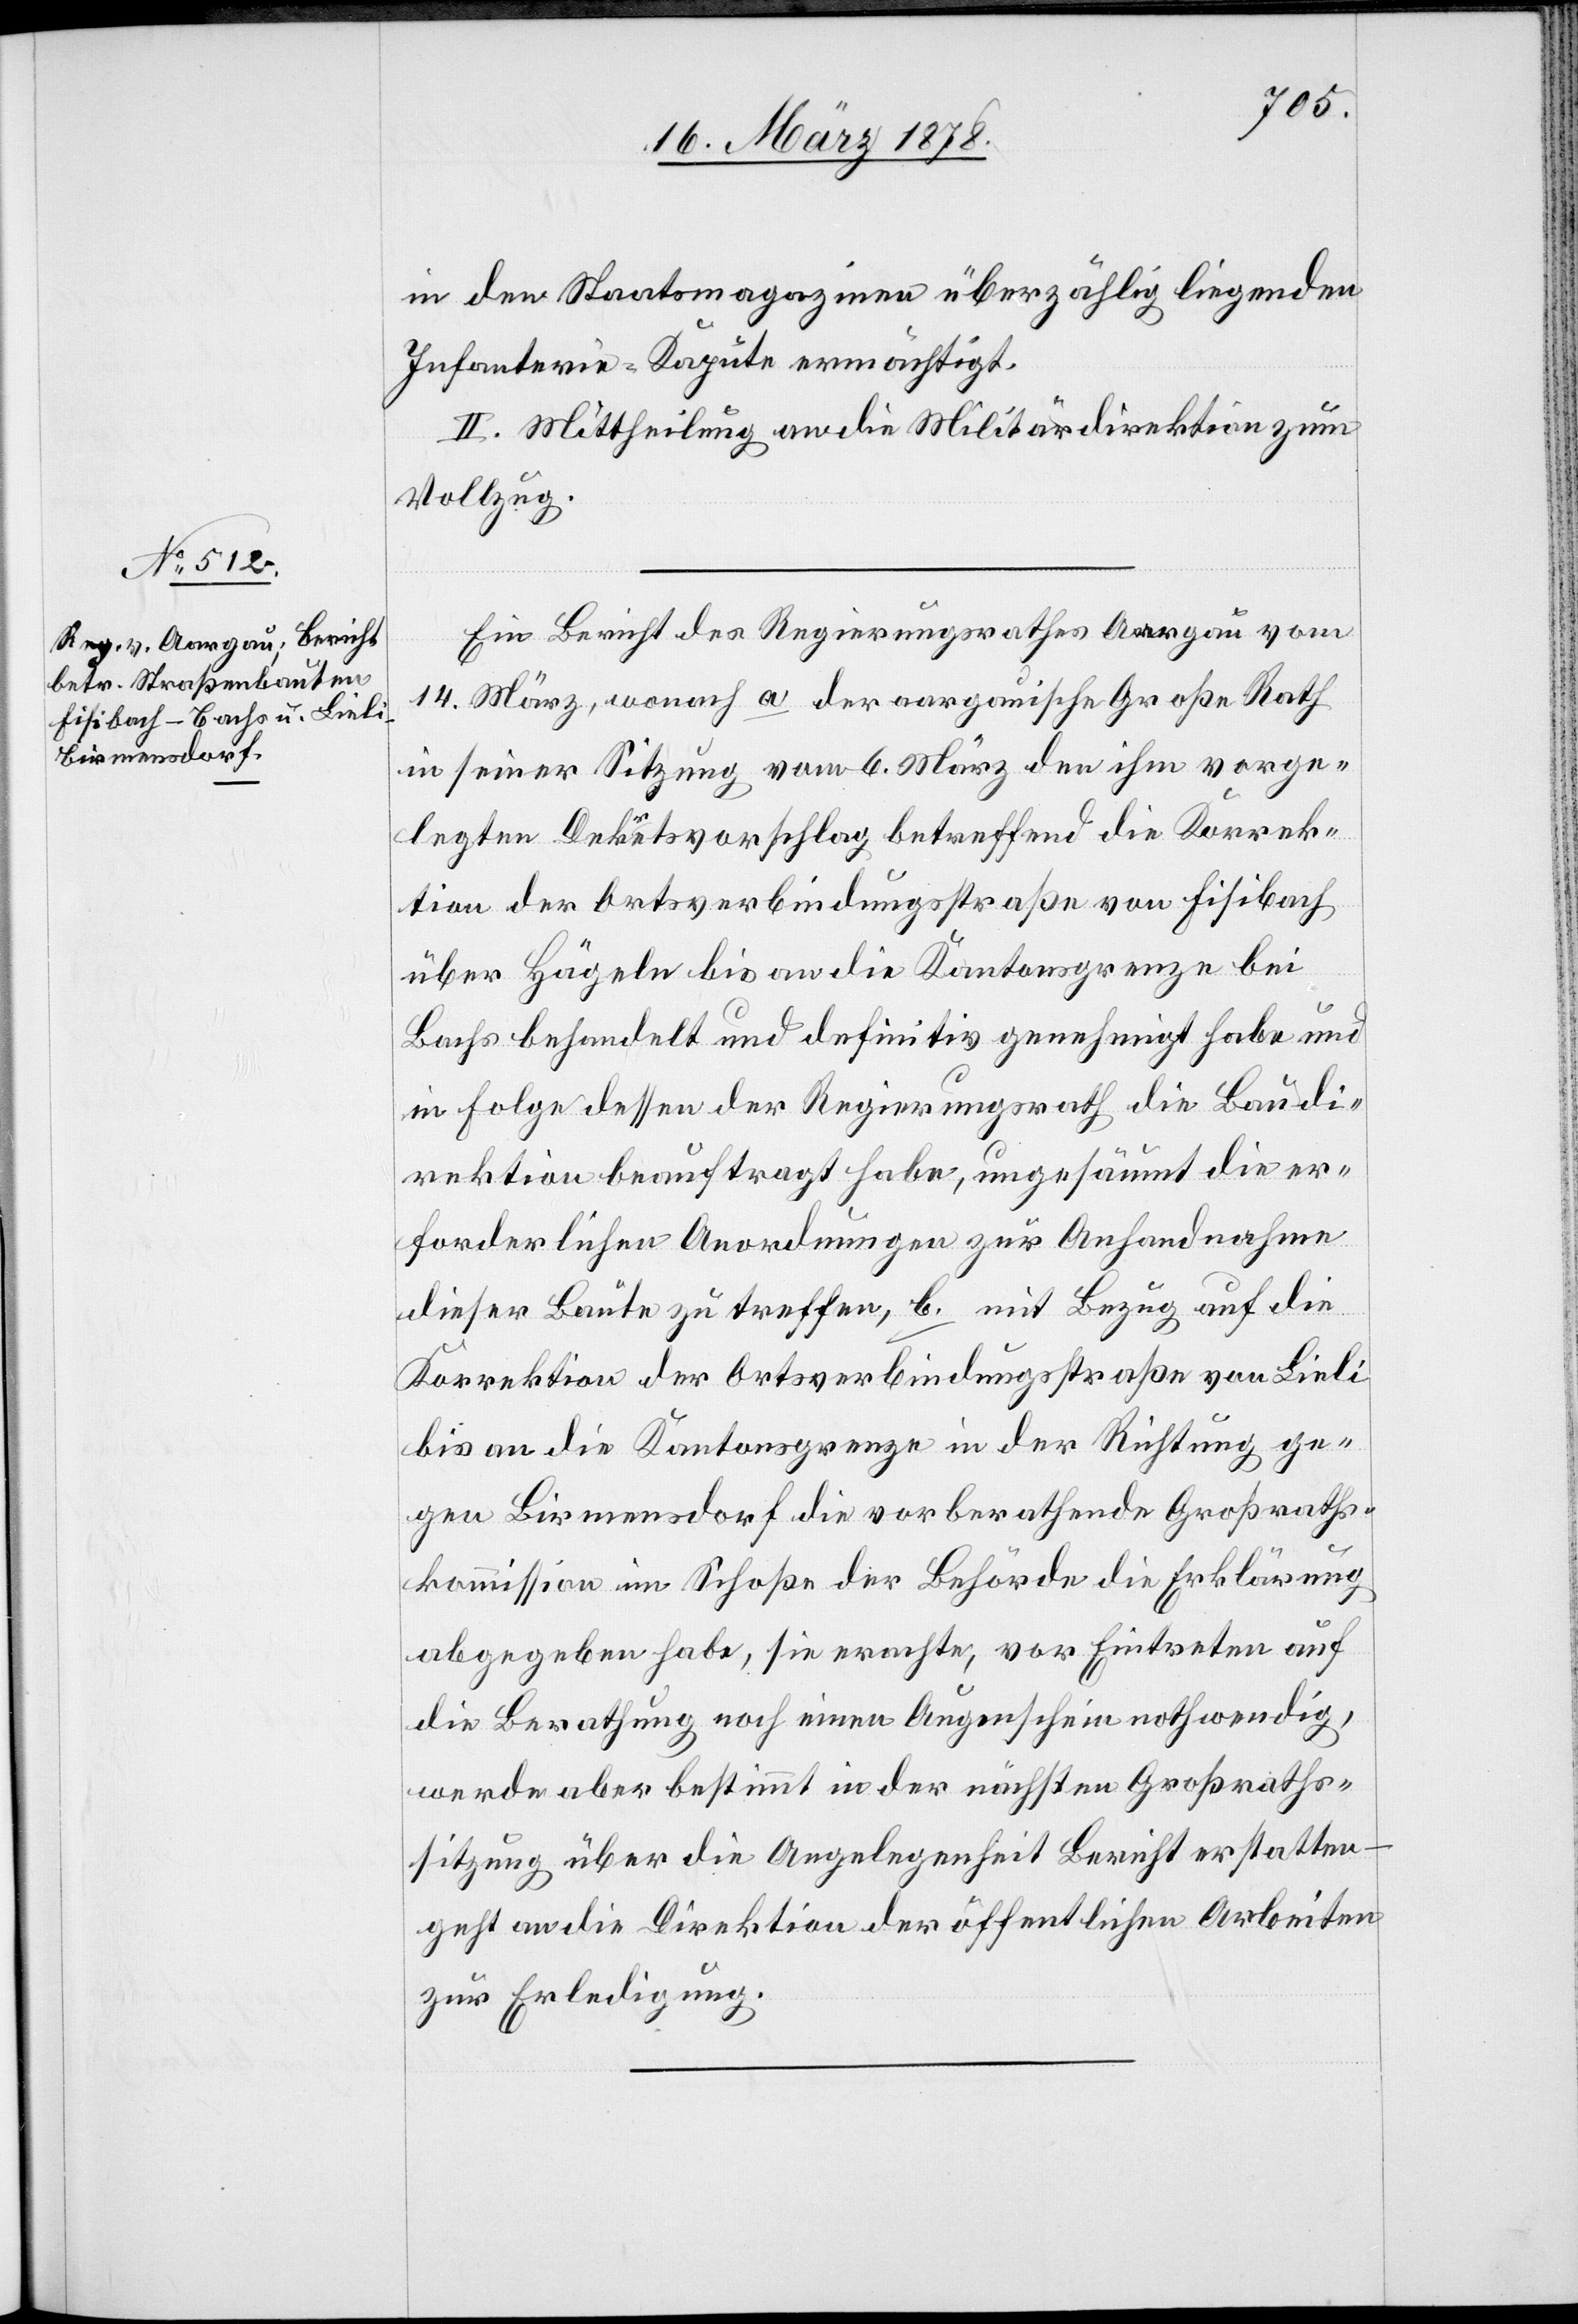
in den Staatsmagazinen überzählig liegenden
Infanterie-Kapute ermächtigt.
II. Mittheilung an die Militärdirektion zum
Vollzug.
Ein Bericht des Regierungsrathes Aargau vom
14. März, wonach a der aargauische Große Rath
in seiner Sitzung vom 6. März den ihm vorge¬
legten Dekretsvorschlag betreffend die Korrek¬
tion der Ortsverbindungsstraße von Fisibach
über Hägeln bis an die Kantonsgrenze bei
Bachs behandelt und definitiv genehmigt habe und
in Folge dessen der Regierungsrath die Baudi¬
rektion beauftragt habe, ungesäumt die er¬
forderlichen Anordnungen zur Anhandnahme
dieser Baute zu treffen, b. mit Bezug auf die
Korrektion der Ortsverbindungsstraße von Lieli
bis an die Kantonsgrenze in der Richtung ge¬
gen Birmensdorf die vorberathende Großraths¬
kommission im Schoße der Behörde die Erklärung
abgegeben habe, sie erachte, vor Eintreten auf
die Berathung noch einen Augenschein nothwendig,
werde aber bestimmt in der nächsten Großraths¬
sitzung über die Angelegenheit Bericht erstatten
geht an die Direktion der öffentlichen Arbeiten
zur Erledigung.